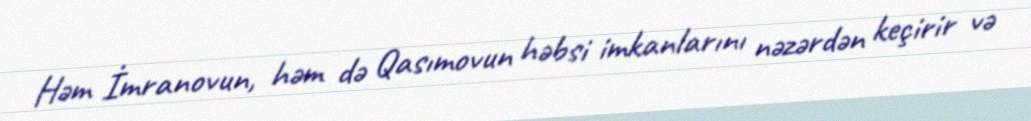
Həm İmranovun, həm də Qasımovun həbsi imkanlarını nəzərdən keçirir və